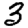
Digit: 3